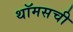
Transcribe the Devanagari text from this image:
थॉमसची